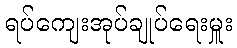
ရပ်ကျေးအုပ်ချုပ်ရေးမှူး